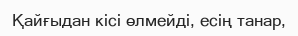
Қайғыдан кісі өлмейді, есің танар,